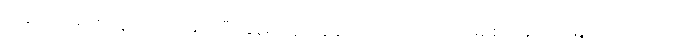
ကန်ဘေးမှာပဲ နေရာသတ်မှတ်ပြီး နုန်းတွေ ပြန်ချထားရတာလို့ အငြိမ်းစား ဆည်မြောင်းဝန်ထမ်းက